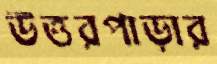
উত্তরপাড়ার